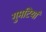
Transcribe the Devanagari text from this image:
गुमटियां